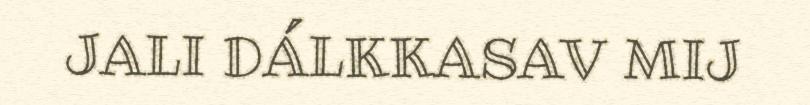
JALI DÁLKKASAV MIJ